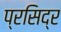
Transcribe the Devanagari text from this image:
प्रसिद्र